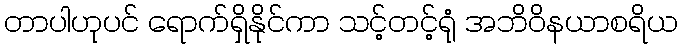
တာပါဟုပင် ရောက်ရှိနိုင်ကာ သင့်တင့်ရုံ အဘိဝိနယာစရိယ